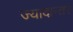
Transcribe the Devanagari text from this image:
ज्यादान्तर